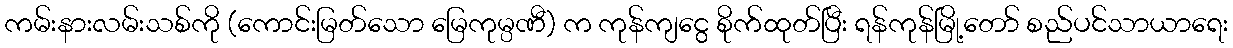
ကမ်းနားလမ်းသစ်ကို (ကောင်းမြတ်သော မြေကုမ္ပဏီ) က ကုန်ကျငွေ စိုက်ထုတ်ပြီး ရန်ကုန်မြို့တော် စည်ပင်သာယာရေး